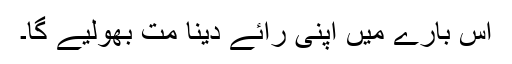
اس بارے میں اپنی رائے دینا مت بھولیے گا۔